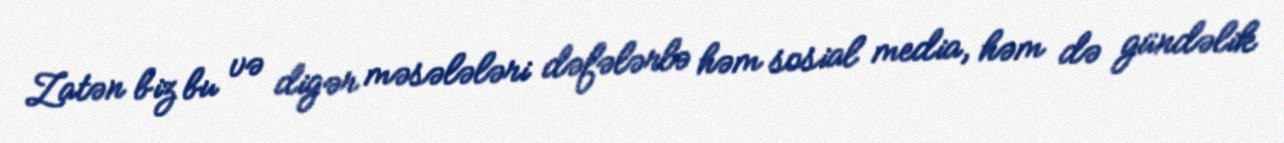
Zatən biz bu və digər məsələləri dəfələrlə həm sosial media, həm də gündəlik